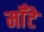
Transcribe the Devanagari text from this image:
मॉँटे